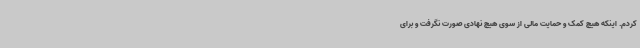
کردم. اینکه هیچ کمک و حمایت مالی از سوی هیچ نهادی صورت نگرفت و برای